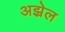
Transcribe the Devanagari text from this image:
अझ्रेल